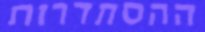
ההסתדרות